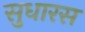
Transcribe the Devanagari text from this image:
सुधारस